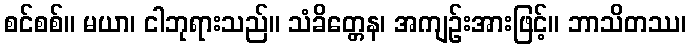
စင်စစ်။ မယာ၊ ငါဘုရားသည်။ သံခိတ္တေန၊ အကျဉ်းအားဖြင့်။ ဘာသိတဿ၊